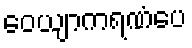
ဝေယျာကရဏံပေ